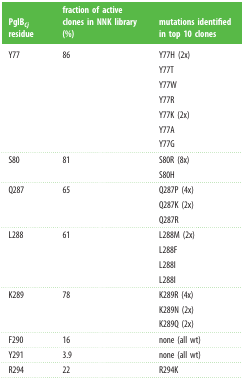
<table><thead><tr><td><b>PglB<i><sub>Cj</sub></i> residue</b></td><td><b>fraction of active clones in NNK library (%)</b></td><td><b>mutations identified in top 10 clones</b></td></tr></thead><tbody><tr><td>Y77</td><td>86</td><td>Y77H (2x)Y77TY77WY77RY77K (2x)Y77AY77G</td></tr><tr><td>S80</td><td>81</td><td>S80R (8x)S80H</td></tr><tr><td>Q287</td><td>65</td><td>Q287P (4x)Q287K (2x)Q287R</td></tr><tr><td>L288</td><td>61</td><td>L288M (2x)L288FL288IL288I</td></tr><tr><td>K289</td><td>78</td><td>K289R (4x)K289N (2x)K289Q (2x)</td></tr><tr><td>F290</td><td>16</td><td>none (all wt)</td></tr><tr><td>Y291</td><td>3.9</td><td>none (all wt)</td></tr><tr><td>R294</td><td>22</td><td>R294K</td></tr></tbody></table>